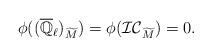
LaTeX: \begin{align*}\phi ((\overline{\mathbb{Q}}_{\ell})_{\widetilde{M}}) = \phi (\mathcal{IC}_{\widetilde{M}}) =0.\end{align*}